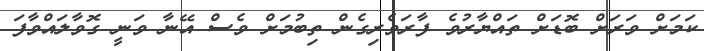
ކަމަށް ވަރަށް ބޮޑަށް ތައްޔާރުވެ ފާރަވެރިގެން ތިބުމަށް ވެސް އޭނާ ވަނީ ގޮވާލައްވާފަ